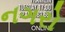
નગરો